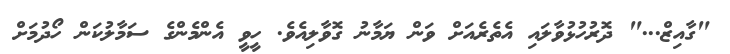
"ގާއިޒް..." ދޮރުހުޅުވާލައި އެތެރެއަށް ވަން ޔަމާނު ގޮވާލިއެވެ. ހީވީ އެންމެންގެ ސަމާލުކަން ހޯދުމަށް